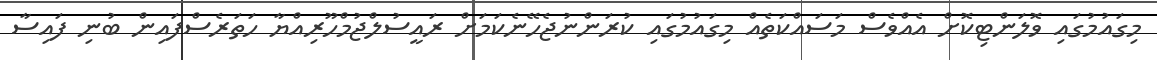
މިގައުމުގައި ވޮލަންޓިކޮށް އެއްވެސް މަސައްކަތެއް މިގައުމުގައި ކުރަންނުޖެހޭނެކަމަށް ރައީސުލްޖުމްހޫރިއްޔާ ހަތަރެސްފައިން ބުނި ފައިސާ